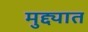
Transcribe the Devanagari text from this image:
मुद्द्यात